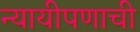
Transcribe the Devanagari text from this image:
न्यायीपणाची